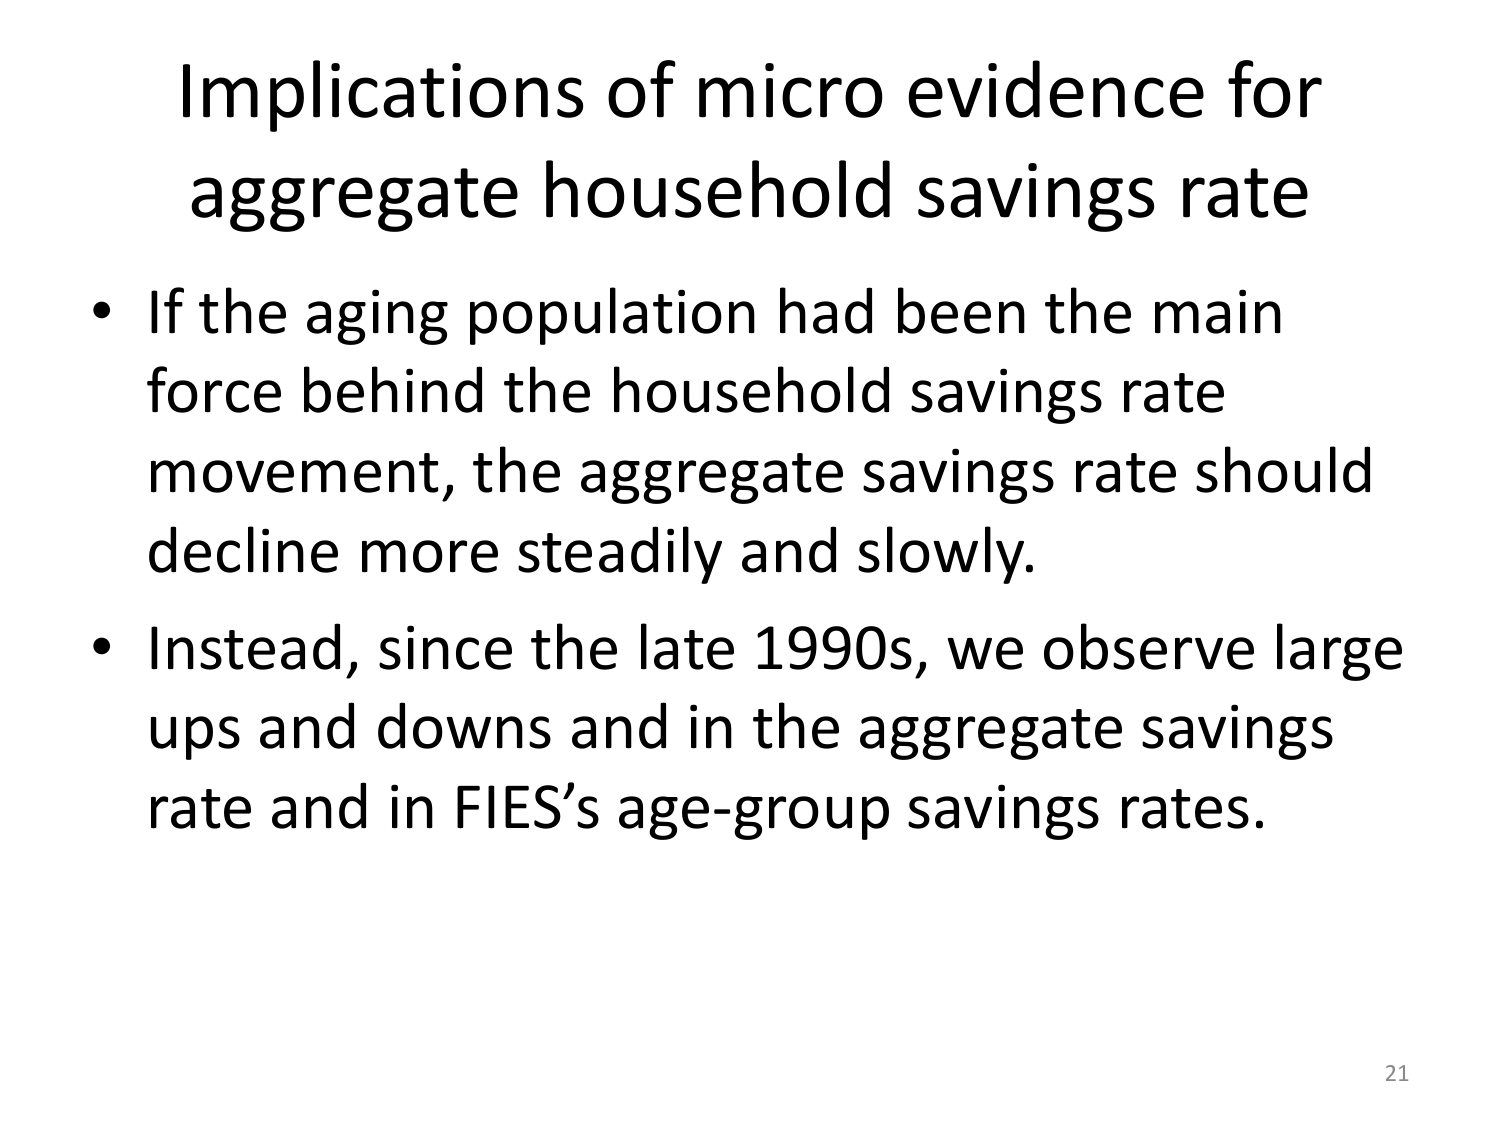
Implications of micro evidence for
aggregate household savings rate
• If the aging population had been the main
force behind the household savings rate
movement, the aggregate savings rate should
decline more steadily and slowly.
• Instead, since the late 1990s, we observe large
ups and downs and in the aggregate savings
rate and in FIES’s age-group savings rates.
21